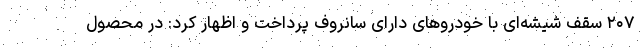
۲۰۷ سقف شیشه‌ای با خودروهای دارای سانروف پرداخت و اظهار کرد: در محصول